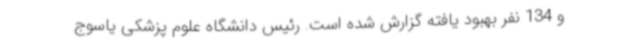
و 134 نفر بهبود یافته گزارش شده است. رئیس دانشگاه علوم پزشکی یاسوج